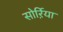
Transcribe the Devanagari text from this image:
सोर्ऱिया